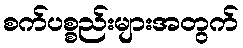
စက်ပစ္စည်းများအတွက်